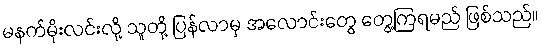
မနက်မိုးလင်းလို့ သူတို့ ပြန်လာမှ အလောင်းတွေ တွေ့ကြရမည် ဖြစ်သည်။